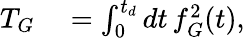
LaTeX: \begin{array}{rl}{T_{G}}&{{}=\int_{0}^{t_{d}}dt\, f_{G}^{2}(t),}\end{array}